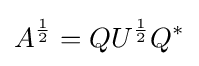
A^{\frac {1}{2}}=QU^{\frac {1}{2}}Q^{*}